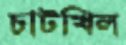
চাটখিল